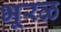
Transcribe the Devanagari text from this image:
भूरळ